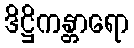
ဒိဋ္ဌိကန္တာရော